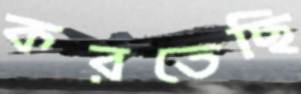
করতেছি